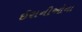
ઈરાનીઓના